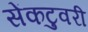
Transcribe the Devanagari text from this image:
सेंकटुवरी